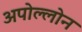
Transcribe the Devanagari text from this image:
अपोल्लोन